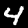
Label: 4